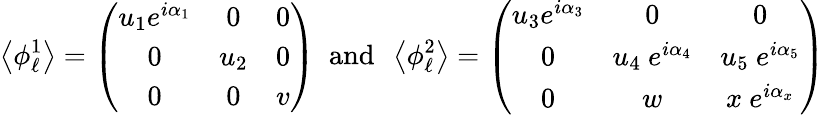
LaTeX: \left\langle\phi_{\ell}^{1}\right\rangle=\left(\begin{array}{ccc}{{u_{1}e^{i\alpha_{1}}}}&{{0}}&{{0}}\\ {{0}}&{{u_{2}}}&{{0}}\\ {{0}}&{{0}}&{{v}}\end{array}\right)~~\mathrm{and}~~\left\langle\phi_{\ell}^{2}\right\rangle=\left(\begin{array}{ccc}{{u_{3}e^{i\alpha_{3}}}}&{{0}}&{{0}}\\ {{0}}&{{u_{4}~e^{i\alpha_{4}}}}&{{u_{5}~e^{i\alpha_{5}}}}\\ {{0}}&{{w}}&{{x~e^{i\alpha_{x}}}}\end{array}\right)